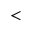
<